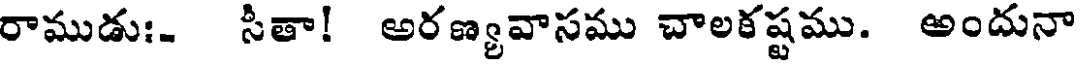
రాముడుః. సీతా! అరణ్యవాసము చాలకష్టము. అందునా